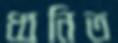
ধ্বনিত